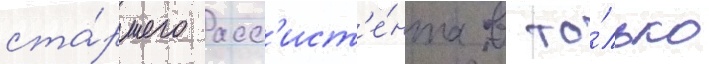
ста́ршего асс'ист'е́нта в то́лько